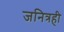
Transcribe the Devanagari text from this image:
जनित्रही